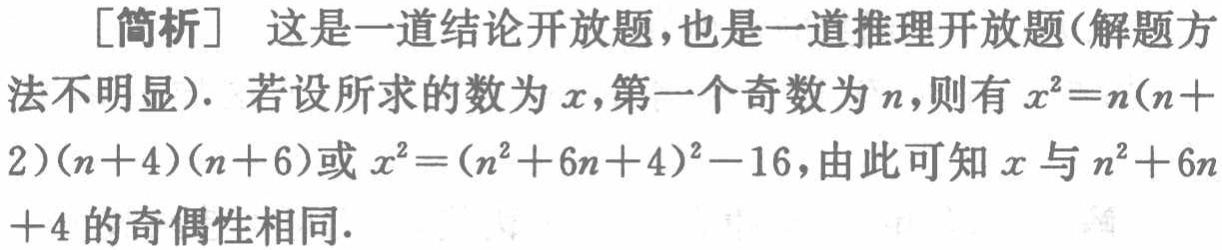
[简析] 这是一道结论开放题,也是一道推理开放题(解题方法不明显). 若设所求的数为\(x\),第一个奇数为\(n\),则有\(x^{2}=n(n + 2)(n + 4)(n + 6)\)或\(x^{2}=(n^{2}+6n + 4)^{2}-16\),由此可知\(x\)与\(n^{2}+6n + 4\)的奇偶性相同.